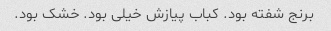
برنج شفته بود. کباب پیازش خیلی بود. خشک بود.